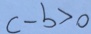
c - b > 0